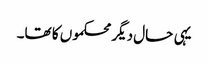
یہی حال دیگر محکموں کا تھا۔